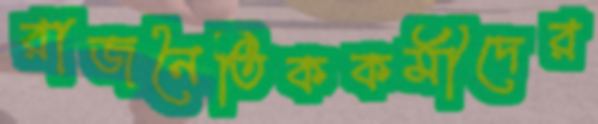
রাজনৈতিককর্মীদের